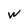
Character: w